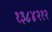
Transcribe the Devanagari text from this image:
१३८४२१२